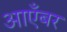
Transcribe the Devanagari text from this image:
आएँबर